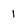
Character: 1